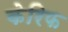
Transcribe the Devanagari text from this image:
केरिफ